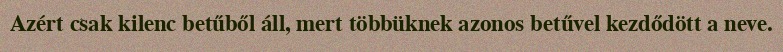
Azért csak kilenc betűből áll, mert többüknek azonos betűvel kezdődött a neve.